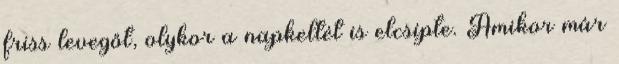
friss levegőt, olykor a napkeltét is elcsípte. Amikor már